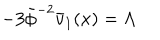
- 3 \bar { \phi } ^ { - 2 } \bar { v } _ { 1 } ( x ) = \Lambda